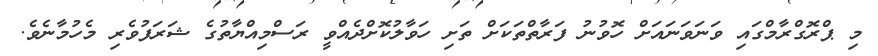
މި ޕްރޮގްރާމްގައި ވަނަވަނައަށް ހޮވުނު ފަރާތްތަކަށް ތަށި ހަވާލުކޮށްދެއްވީ ރަސްމިއްޔާތުގެ ޝަރަފުވެރި މެހުމާނެވެ.